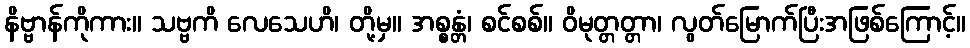
နိဗ္ဗာန်ကိုကား။ သဗ္ဗကိ လေသေဟိ၊ တို့မှ။ အစ္စန္တံ၊ စင်စစ်။ ဝိမုတ္တတ္တာ၊ လွတ်မြောက်ပြီးအဖြစ်ကြောင့်။